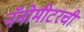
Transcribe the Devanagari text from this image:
नॅनोमीटरची